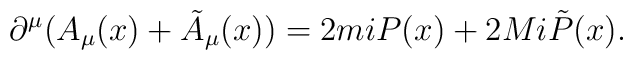
\partial^{\mu}(A_{\mu}(x)+\tilde{A}_{\mu}(x))=2miP(x)+2Mi\tilde{P}(x).